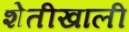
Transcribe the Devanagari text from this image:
शेतीखाली